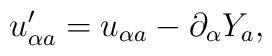
u'_{\alpha a} = u_{\alpha a} -\partial_\alpha Y_a  ,